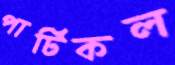
পার্টিকল